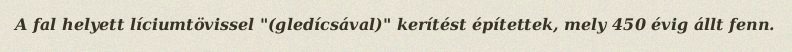
A fal helyett líciumtövissel "(gledícsával)" kerítést építettek, mely 450 évig állt fenn.